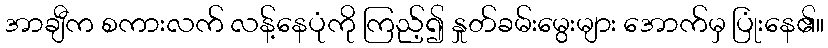
အာချီက စကားလက် လန့်နေပုံကို ကြည့်၍ နှုတ်ခမ်းမွေးများ အောက်မှ ပြုံးနေ၏။